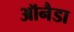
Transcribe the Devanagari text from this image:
ऑनैडा